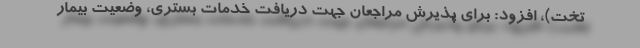
تخت)، افزود: برای پذیرش مراجعان جهت دریافت خدمات بستری، وضعیت بیمار